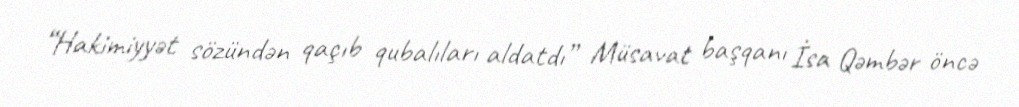
“Hakimiyyət sözündən qaçıb qubalıları aldatdı” Müsavat başqanı İsa Qəmbər öncə